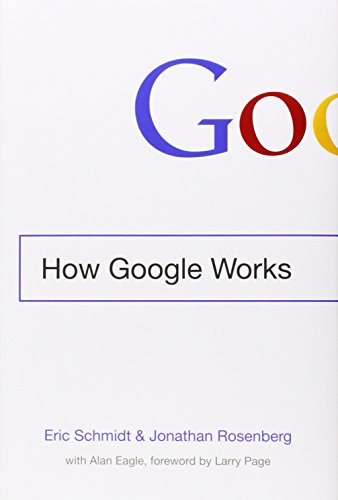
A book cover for How Google Works; Eric Schmidt; Computers & Technology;